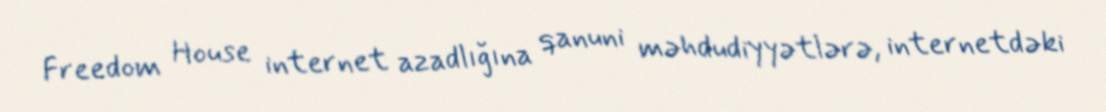
Freedom House internet azadlığına qanuni məhdudiyyətlərə, internetdəki